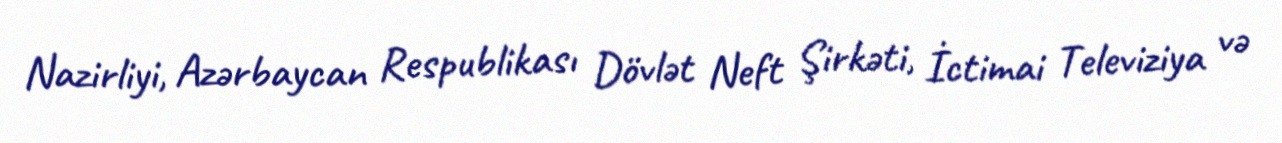
Nazirliyi, Azərbaycan Respublikası Dövlət Neft Şirkəti, İctimai Televiziya və